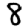
Digit: 8